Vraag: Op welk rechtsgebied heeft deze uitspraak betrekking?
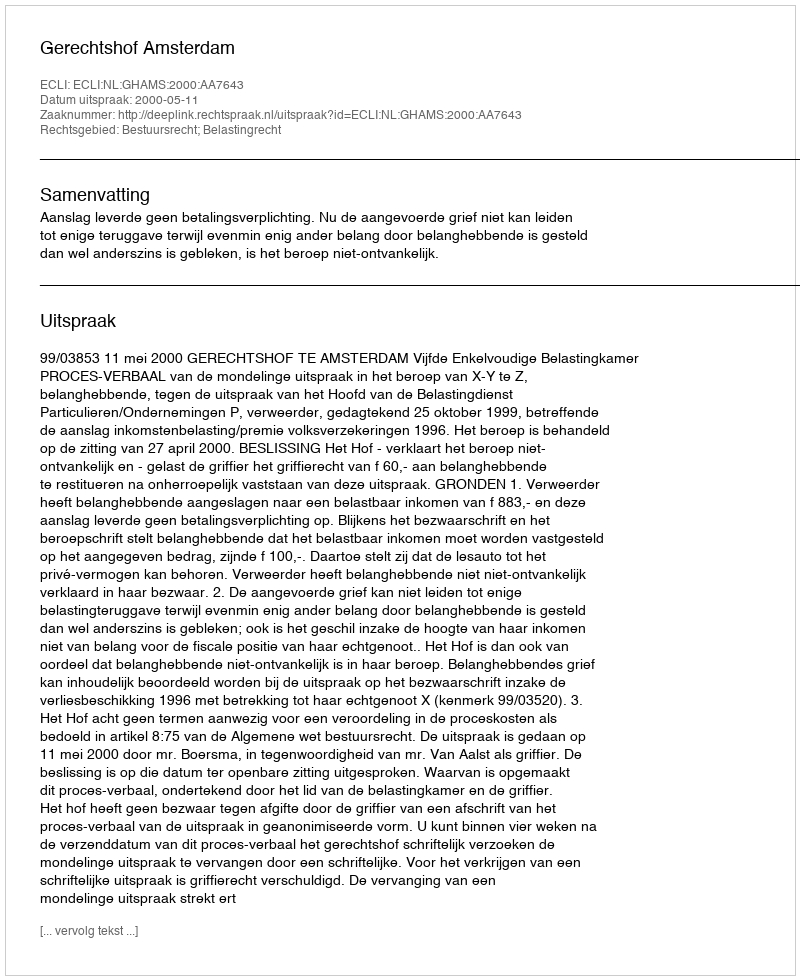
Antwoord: Bestuursrecht; Belastingrecht